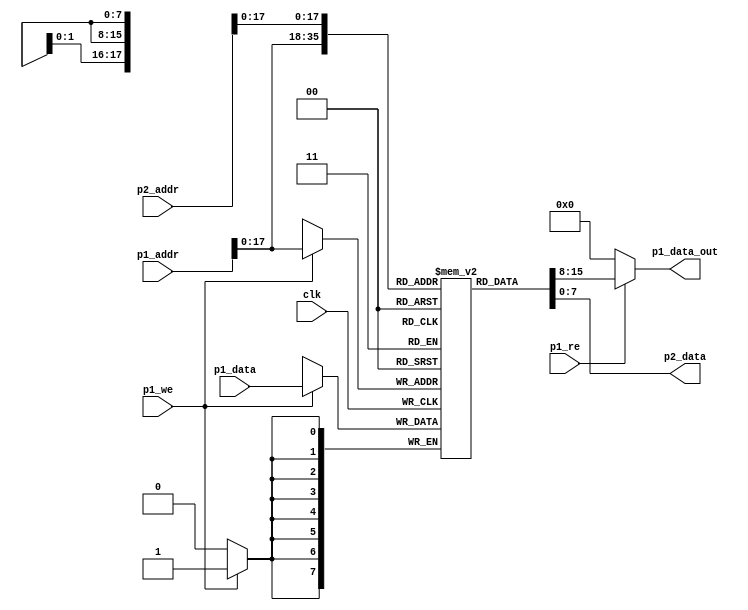
// This program was cloned from: https://github.com/combinatorylogic/soc
// License: MIT License


// Must synthesize into 3 * 8x2048 brams
module vram(input clk,
	    
	    input [19:0]     p1_addr,
	    input [7:0]      p1_data,
            output [7:0] p1_data_out, 
	    input            p1_we,
            input            p1_re,

	    input [19:0]     p2_addr,
	    output [7:0] p2_data);

   reg [7:0] 		 mem[0:153600-1];
   assign p1_data_out = p1_re?mem[p1_addr]:0;
   assign p2_data = mem[p2_addr];

   always @(posedge clk)
     begin
	if (p1_we) begin
	   mem[p1_addr] <= p1_data;
	end
     end

endmodule
	    
module vgatopgfxsim(input clk, // 100MHz clk
	            input        rst,
	           
                    input        clsrq,
                    output reg   clsack,

	            input [19:0] vmem_in_addr,
	            input [7:0]  vmem_in_data,
	            input        vmem_we,
                    input        vmem_re,
                    output [7:0] vmem_p1_out_data,

                    input [19:0] vmem_out_addr,
                    output [7:0] vmem_out_data
                    );


   reg                     clsing;
   reg [19:0]              clsaddr;
   

   wire [19:0]             vmem_in_addr_x;
   wire [7:0]              vmem_in_data_x;
   wire                    vmem_we_x;

   assign vmem_in_addr_x = clsing?clsaddr:vmem_in_addr;
   assign vmem_in_data_x = clsing?0:vmem_in_data;
   assign vmem_we_x = clsing|vmem_we;


   wire                    vmem_re_x;
   
   assign vmem_re_x = clsing?0:vmem_re;
   


   always @(posedge clk)
     if (!rst) begin
        clsing <= 0;
        clsack <= 0;
        clsaddr <= 0;
     end else begin
        if (clsack) clsack <= 0;
        else if (clsrq && !clsing) begin
           clsing <= 1;
           clsaddr <= 0;
           clsack <= 0;
        end else if (clsing) begin
           clsaddr <= clsaddr + 1;
           if (clsaddr == 153600) begin
              clsack <= 1;
              clsing <= 0;
           end
        end
     end
   
   vram vram1(.clk(clk),

	      .p1_addr(vmem_in_addr_x),
	      .p1_data(vmem_in_data_x),
	      .p1_we(vmem_we_x),
              .p1_re(vmem_re_x),
              .p1_data_out(vmem_p1_out_data),

	      .p2_addr(vmem_out_addr),
	      .p2_data(vmem_out_data)
	      );

endmodule